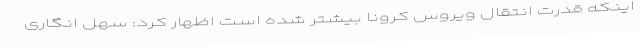
اینکه قدرت انتقال ویروس کرونا بیشتر شده است اظهار کرد: سهل انگاری